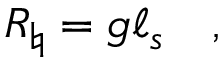
R _ { \natural } = g \ell _ { s } \quad ,